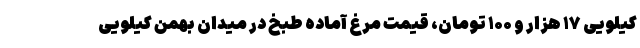
کیلویی ۱۷ هزار و ۱۰۰ تومان، قیمت مرغ آماده طبخ در میدان بهمن کیلویی